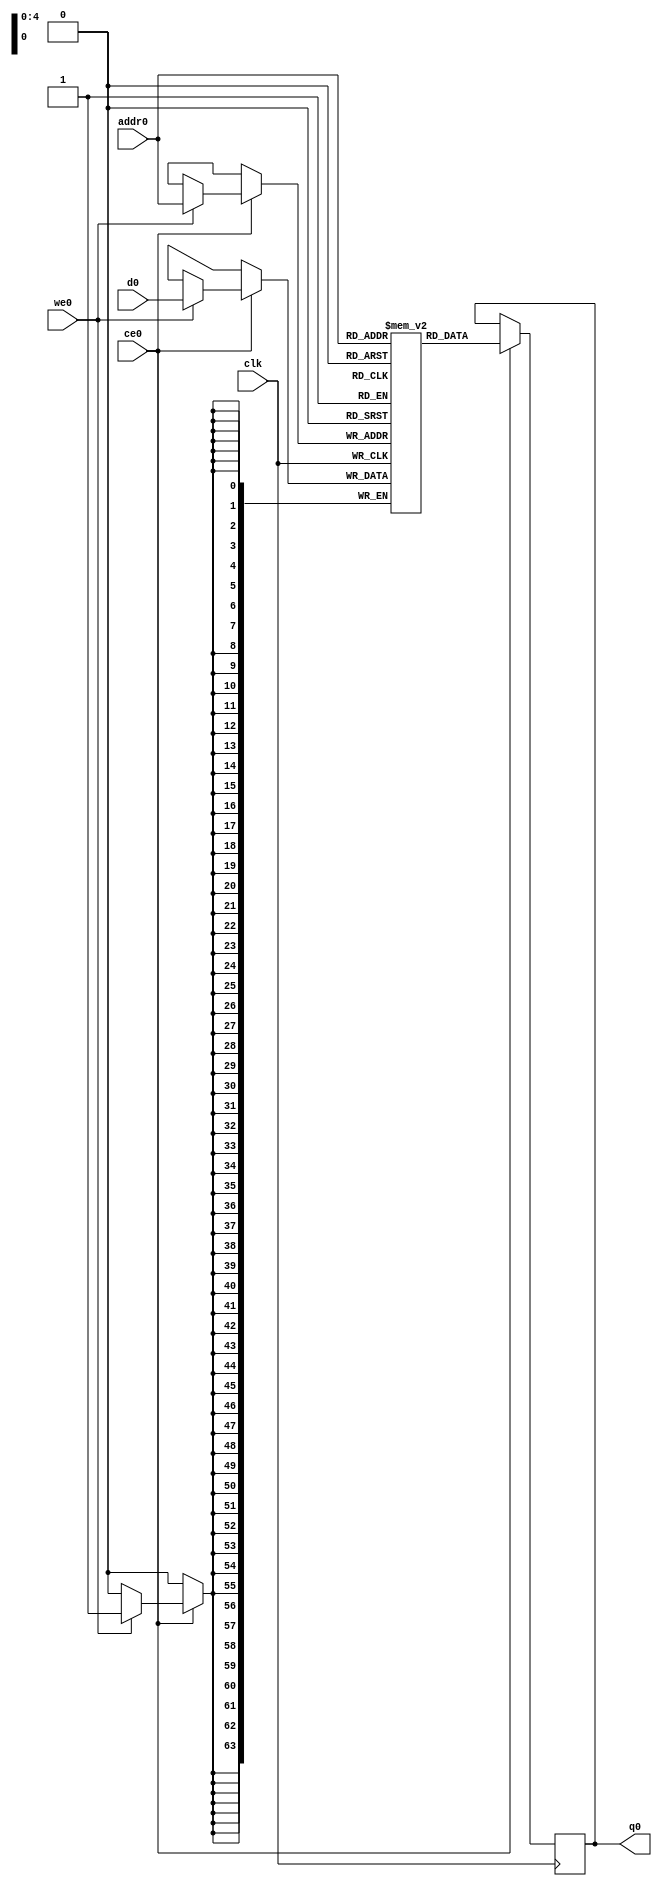
// ==============================================================
// Vivado(TM) HLS - High-Level Synthesis from C, C++ and SystemC v2019.2 (64-bit)
// Copyright 1986-2019 Xilinx, Inc. All Rights Reserved.
// ==============================================================
`timescale 1 ns / 1 ps
module backprop_deltas_ram (addr0, ce0, d0, we0, q0,  clk);

parameter DWIDTH = 64;
parameter AWIDTH = 5;
parameter MEM_SIZE = 30;

input[AWIDTH-1:0] addr0;
input ce0;
input[DWIDTH-1:0] d0;
input we0;
output reg[DWIDTH-1:0] q0;
input clk;

(* ram_style = "block" *)reg [DWIDTH-1:0] ram[0:MEM_SIZE-1];




always @(posedge clk)  
begin 
    if (ce0) begin
        if (we0) 
            ram[addr0] <= d0; 
        q0 <= ram[addr0];
    end
end


endmodule

`timescale 1 ns / 1 ps
module backprop_deltas(
    reset,
    clk,
    address0,
    ce0,
    we0,
    d0,
    q0);

parameter DataWidth = 32'd64;
parameter AddressRange = 32'd30;
parameter AddressWidth = 32'd5;
input reset;
input clk;
input[AddressWidth - 1:0] address0;
input ce0;
input we0;
input[DataWidth - 1:0] d0;
output[DataWidth - 1:0] q0;



backprop_deltas_ram backprop_deltas_ram_U(
    .clk( clk ),
    .addr0( address0 ),
    .ce0( ce0 ),
    .we0( we0 ),
    .d0( d0 ),
    .q0( q0 ));

endmodule